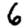
Digit: 6